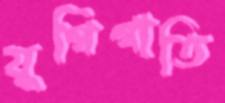
যুগিগাতি